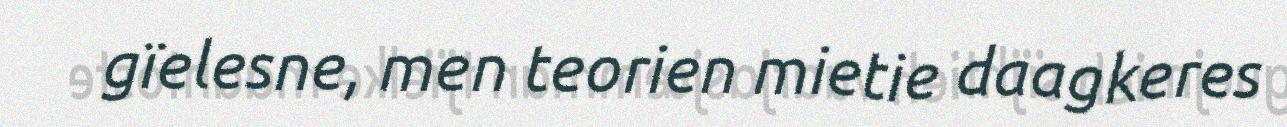
gïelesne, men teorien mietie daagkeres